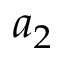
a _ { 2 }